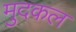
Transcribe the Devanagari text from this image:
मुदकल